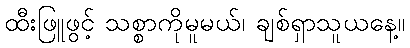
ထီးဖြူဖွင့် သစ္စာကိုမူမယ်၊ ချစ်ရှာသူယနေ့။